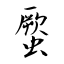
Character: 蟨